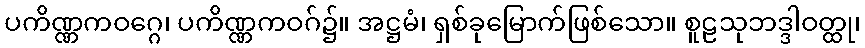
ပကိဏ္ဏကဝဂ္ဂေ၊ ပကိဏ္ဏကဝဂ်၌။ အဋ္ဌမံ၊ ရှစ်ခုမြောက်ဖြစ်သော။ စူဠသုဘဒ္ဒါဝတ္ထု၊